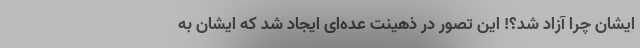
ایشان چرا آزاد شد؟! این تصور در ذهینت عده‌ای ایجاد شد که ایشان به